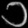
Digit: ၁